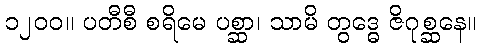
၁၂၀၀။ ပတီစီ စရိမေ ပစ္ဆာ၊ သာမိ တွဒ္ဓေ ဇိဂုစ္ဆနေ။